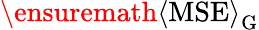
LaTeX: \ensuremath{\left\langle\mathrm{MSE}\right\rangle}_{\mathrm{G}}